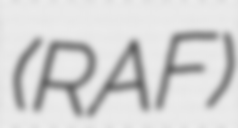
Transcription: (RAF)